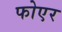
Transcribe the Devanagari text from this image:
फोएर